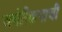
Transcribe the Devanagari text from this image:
अमेरिकनाची